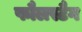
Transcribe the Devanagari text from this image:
फौलस्टैग